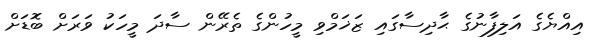
އިއްޔެގެ އަލިފާނުގެ ޙާދިސާގައި ޒަޚަމްވި މީހުންގެ ތެރޭން ސާދަ މީހަކު ވަރަށް ބޮޑަށް